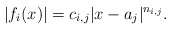
\begin{align*} |f_i(x)| = c_{i,j} |x-a_j|^{n_{i,j}}.\end{align*}